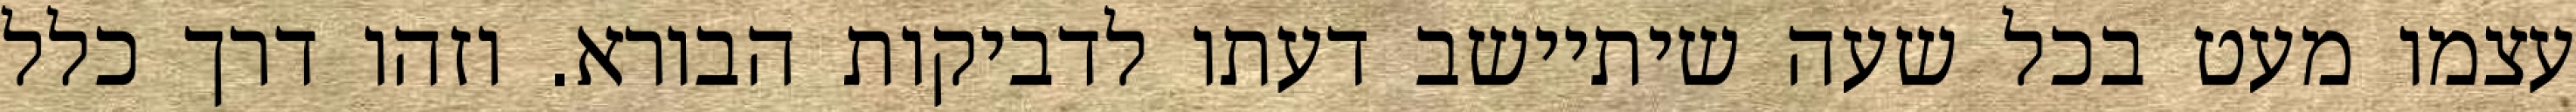
עצמו מעט בכל שעה שיתיישב דעתו לדביקות הבורא. וזהו דרך כלל